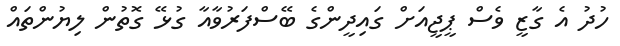
ހުދު އެ ގާޒީ ވެސް ޕީޖީއަށް ގައިދީންގެ ބޭސްފަރުވާއާ ގުޅޭ ގޮތުން ލިޔުންތައް